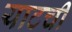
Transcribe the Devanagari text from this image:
याटची